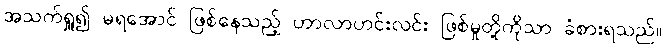
အသက်ရှူ၍ မရအောင် ဖြစ်နေသည့် ဟာလာဟင်းလင်း ဖြစ်မှုတို့ကိုသာ ခံစားရသည်။